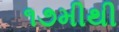
૧૭મીથી